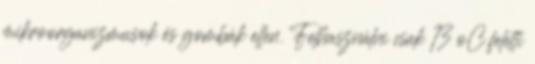
mikroorganizmusok és gombák ellen. Felhasználni csak 13 oC feletti